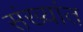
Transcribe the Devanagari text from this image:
संख्यांत